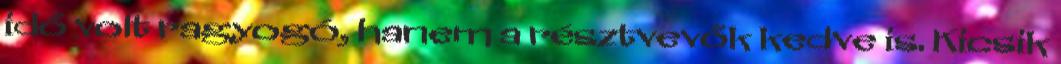
idő volt ragyogó, hanem a résztvevők kedve is. Kicsik